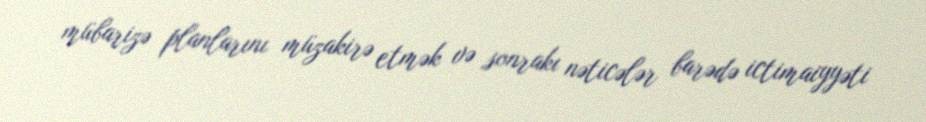
mübarizə planlarını müzakirə etmək və sonrakı nəticələr barədə ictimaiyyəti